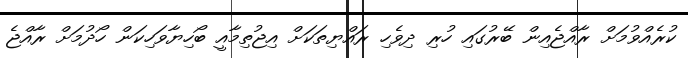
ކުރެއްވުމަށް ރާއްޖެއިން ބޭރުގައި ހުރި ދިވެހި ރައްޔިތަކަށް އިޖުތިމާއީ ބޯހިޔާވަހިކަން ހޯދުމަށް ރާއްޖެ